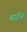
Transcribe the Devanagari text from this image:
बाईज़